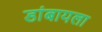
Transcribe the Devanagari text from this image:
डांबायला